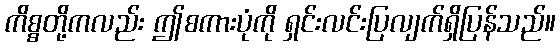
ကိစ္စတို့ကလည်း ဤစကားပုံကို ရှင်းလင်းပြလျက်ရှိပြန်သည်။